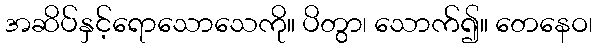
အဆိပ်နှင့်ရောသောသေကို။ ပိတွာ၊ သောက်၍။ တေနေဝ၊